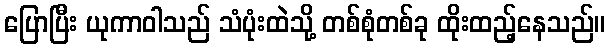
ပြောပြီး ယုကာဝါသည် သံပုံးထဲသို့ တစ်စုံတစ်ခု ထိုးထည့်နေသည်။